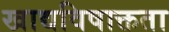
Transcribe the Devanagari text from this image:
खाद्यविषाक्तता